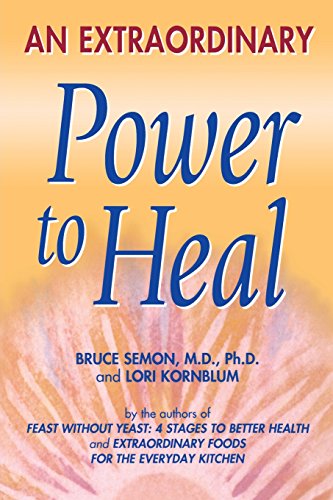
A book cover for An Extraordinary Power to Heal; Bruce Semon; Health, Fitness & Dieting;